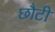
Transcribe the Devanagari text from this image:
छौटी